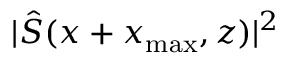
\vert \hat { S } ( x + x _ { \mathrm { m a x } } , z ) \vert ^ { 2 }